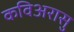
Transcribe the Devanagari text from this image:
कविअरासु